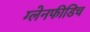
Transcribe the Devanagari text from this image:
ग्लेनफीडिच